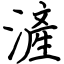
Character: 滻